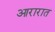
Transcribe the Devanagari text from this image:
आरारात